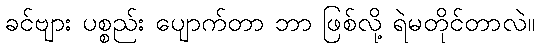
ခင်ဗျား ပစ္စည်း ပျောက်တာ ဘာ ဖြစ်လို့ ရဲမတိုင်တာလဲ။